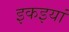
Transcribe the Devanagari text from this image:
इकइयां